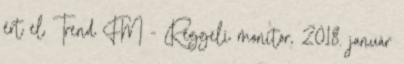
ért el Trend FM - Reggeli monitor, 2018. január